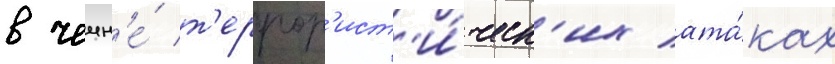
в чечн'е́ т'еррор'ист'и́ческ'их ата́ках